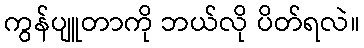
ကွန်ပျူတာကို ဘယ်လို ပိတ်ရလဲ။